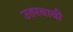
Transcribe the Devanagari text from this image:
उतरवावी